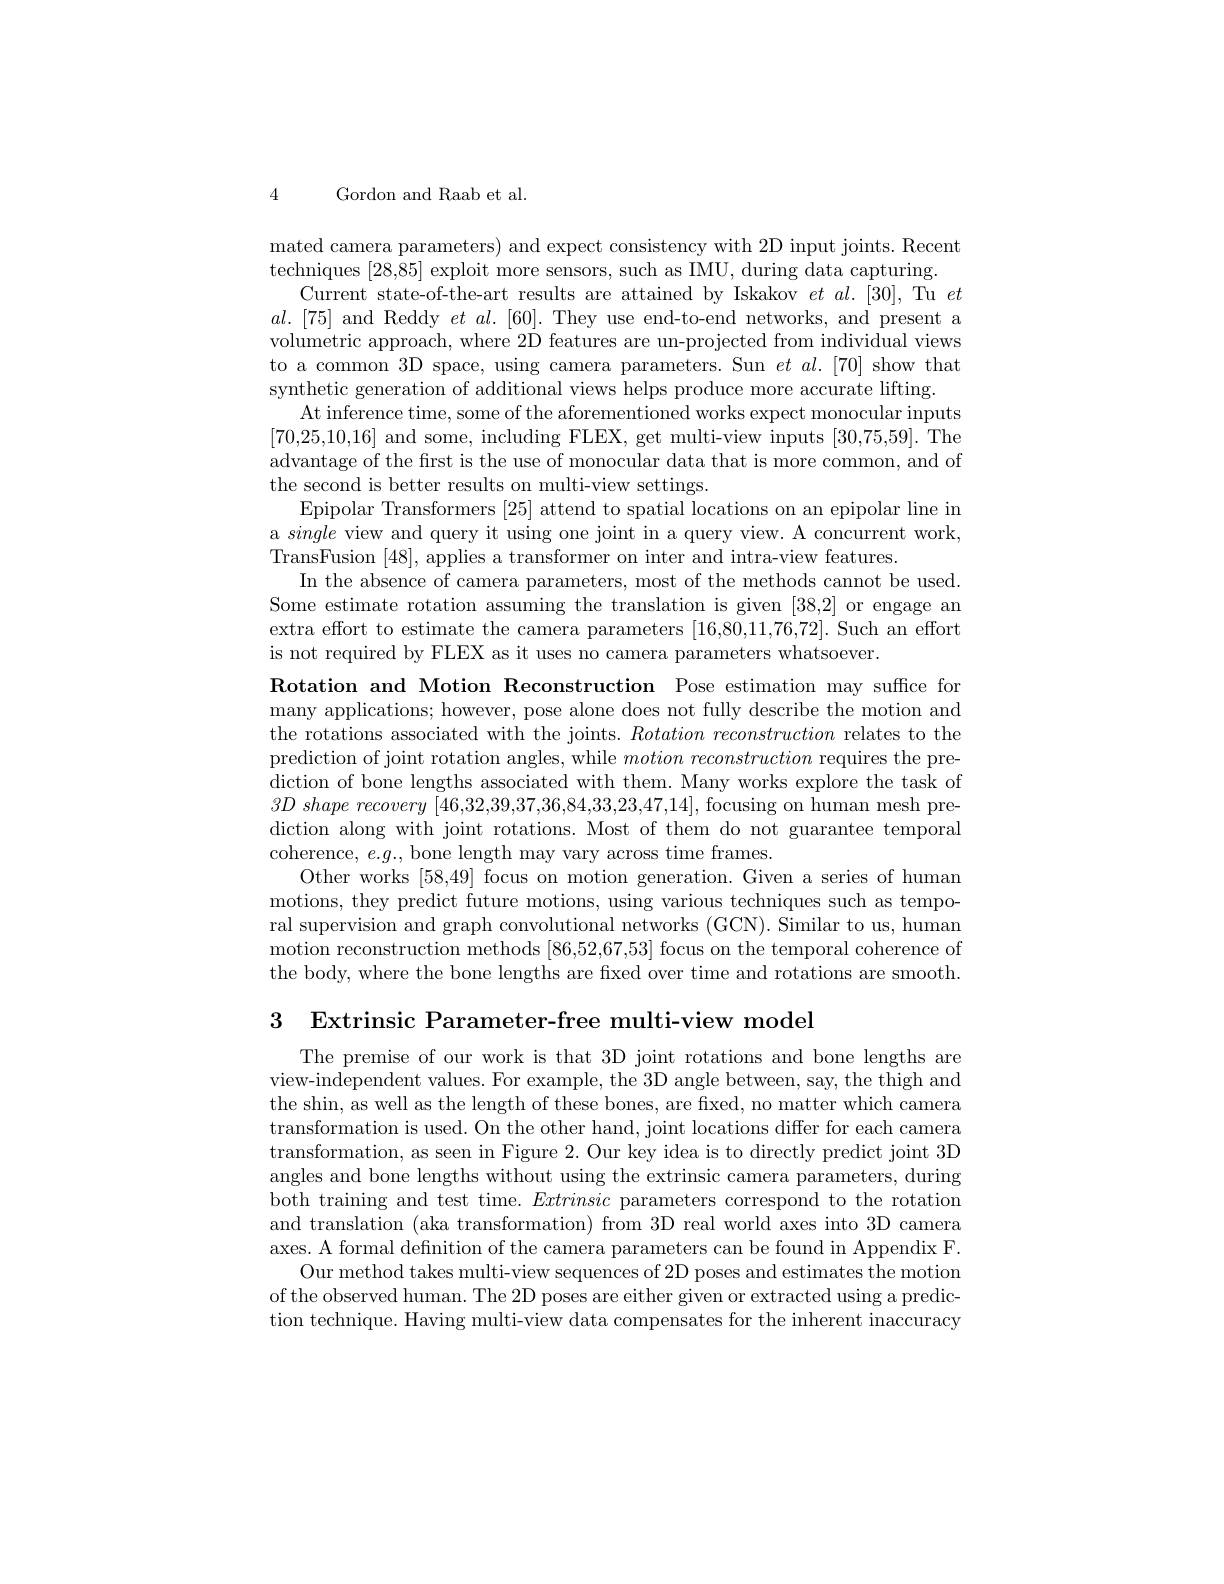
4

Gordon and Raab et al.

mated camera parameters) and expect consistency with 2D input joints. Recent
techniques [28,85] exploit more sensors, such as IMU, during data capturing.
Current state-of-the-art results are attained by Iskakov $et\textit{al. [ 30] , Tu et}$ $al.[75]$ and Reddy $et\textit{al. [ 60] . They use end- to- end networks, and present a}$ volumetric approach, where 2D features are un-projected from individual views to a common 3D space, using camera parameters. Sun $et$ al.[70] show that synthetic generation of additional views helps produce more accurate lifting
At inference time, some of the aforementioned works expect monocular inputs [70,25,10,16] and some, including FLEX, get multi-view inputs [30,75,59].The advantage of the first is the use of monocular data that is more common, and of the second is better results on multi-view settings.
Epipolar Transformers [25] attend to spatial locations on an epipolar line in a single view and query it using one joint in a query view. A concurrent work, TransFusion [48], applies a transformer on inter and intra-view features.
In the absence of camera parameters, most of the methods cannot be used Some estimate rotation assuming the translation is given [38,2] or engage an extra effort to estimate the camera parameters [16,80,11,76,72]. Such an effort is not required by FLEX as it uses no camera parameters whatsoever.
Rotation and Motion Reconstruction Pose estimation may suffice for many applications; however, pose alone does not fully describe the motion and the rotations associated with the joints. $Rotation\textit{ recons}truction$ relates to the prediction of joint rotation angles, while $motion\textit{ recons}truction$ requires the prediction of bone lengths associated with them. Many works explore the task of $3D\textit{ shape recovery [ 46, 32, 39, 37, 36, 84, 33, 23, 47, 14] , focusing on human mesh pre- }$ diction along with joint rotations. Most of them do not guarantee temporal coherence, $e.g.$, bone length may vary across time frames.
Other works [58,49] focus on motion generation.Given a series of human motions, they predict future motions, using various techniques such as temporal supervision and graph convolutional networks (GCN). Similar to us, human motion reconstruction methods [86,52,67,53] focus on the temporal coherence of the body, where the bone lengths are fixed over time and rotations are smooth.

3 Extrinsic Parameter-free multi-view model

The premise of our work is that 3D joint rotations and bone lengths are view-independent values. For example, the 3D angle between, say, the thigh and the shin, as well as the length of these bones, are fixed, no matter which camera transformation is used. On the other hand, joint locations differ for each camera transformation, as seen in Figure 2. Our key idea is to directly predict joint 3D angles and bone lengths without using the extrinsic camera parameters, during both training and test time. Extrinsic parameters correspond to the rotation and translation (aka transformation) from 3D real world axes into 3D camera axes. A formal definition of the camera parameters can be found in Appendix F.
Our method takes multi-view sequences of 2D poses and estimates the motion of the observed human. The 2D poses are either given or extracted using a prediction technique. Having multi-view data compensates for the inherent inaccuracy